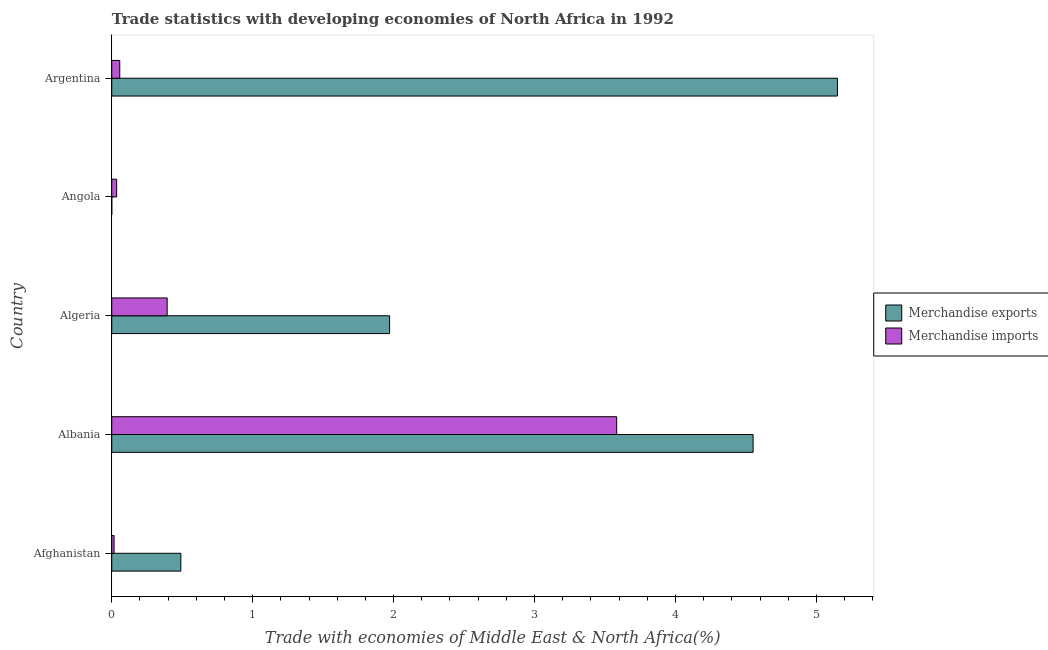
| Country | Merchandise exports | Merchandise imports |
 | --- | --- | --- |
 | Afghanistan | 0.49 | 0.0166 |
 | Albania | 4.55 | 3.58 |
 | Algeria | 1.97 | 0.393 |
 | Angola | 2.84e-05 | 0.0347 |
 | Argentina | 5.15 | 0.0568 |